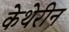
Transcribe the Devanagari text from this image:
केथेरीन